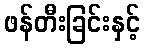
ဖန်တီးခြင်းနှင့်